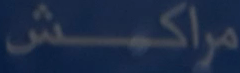
مراکش